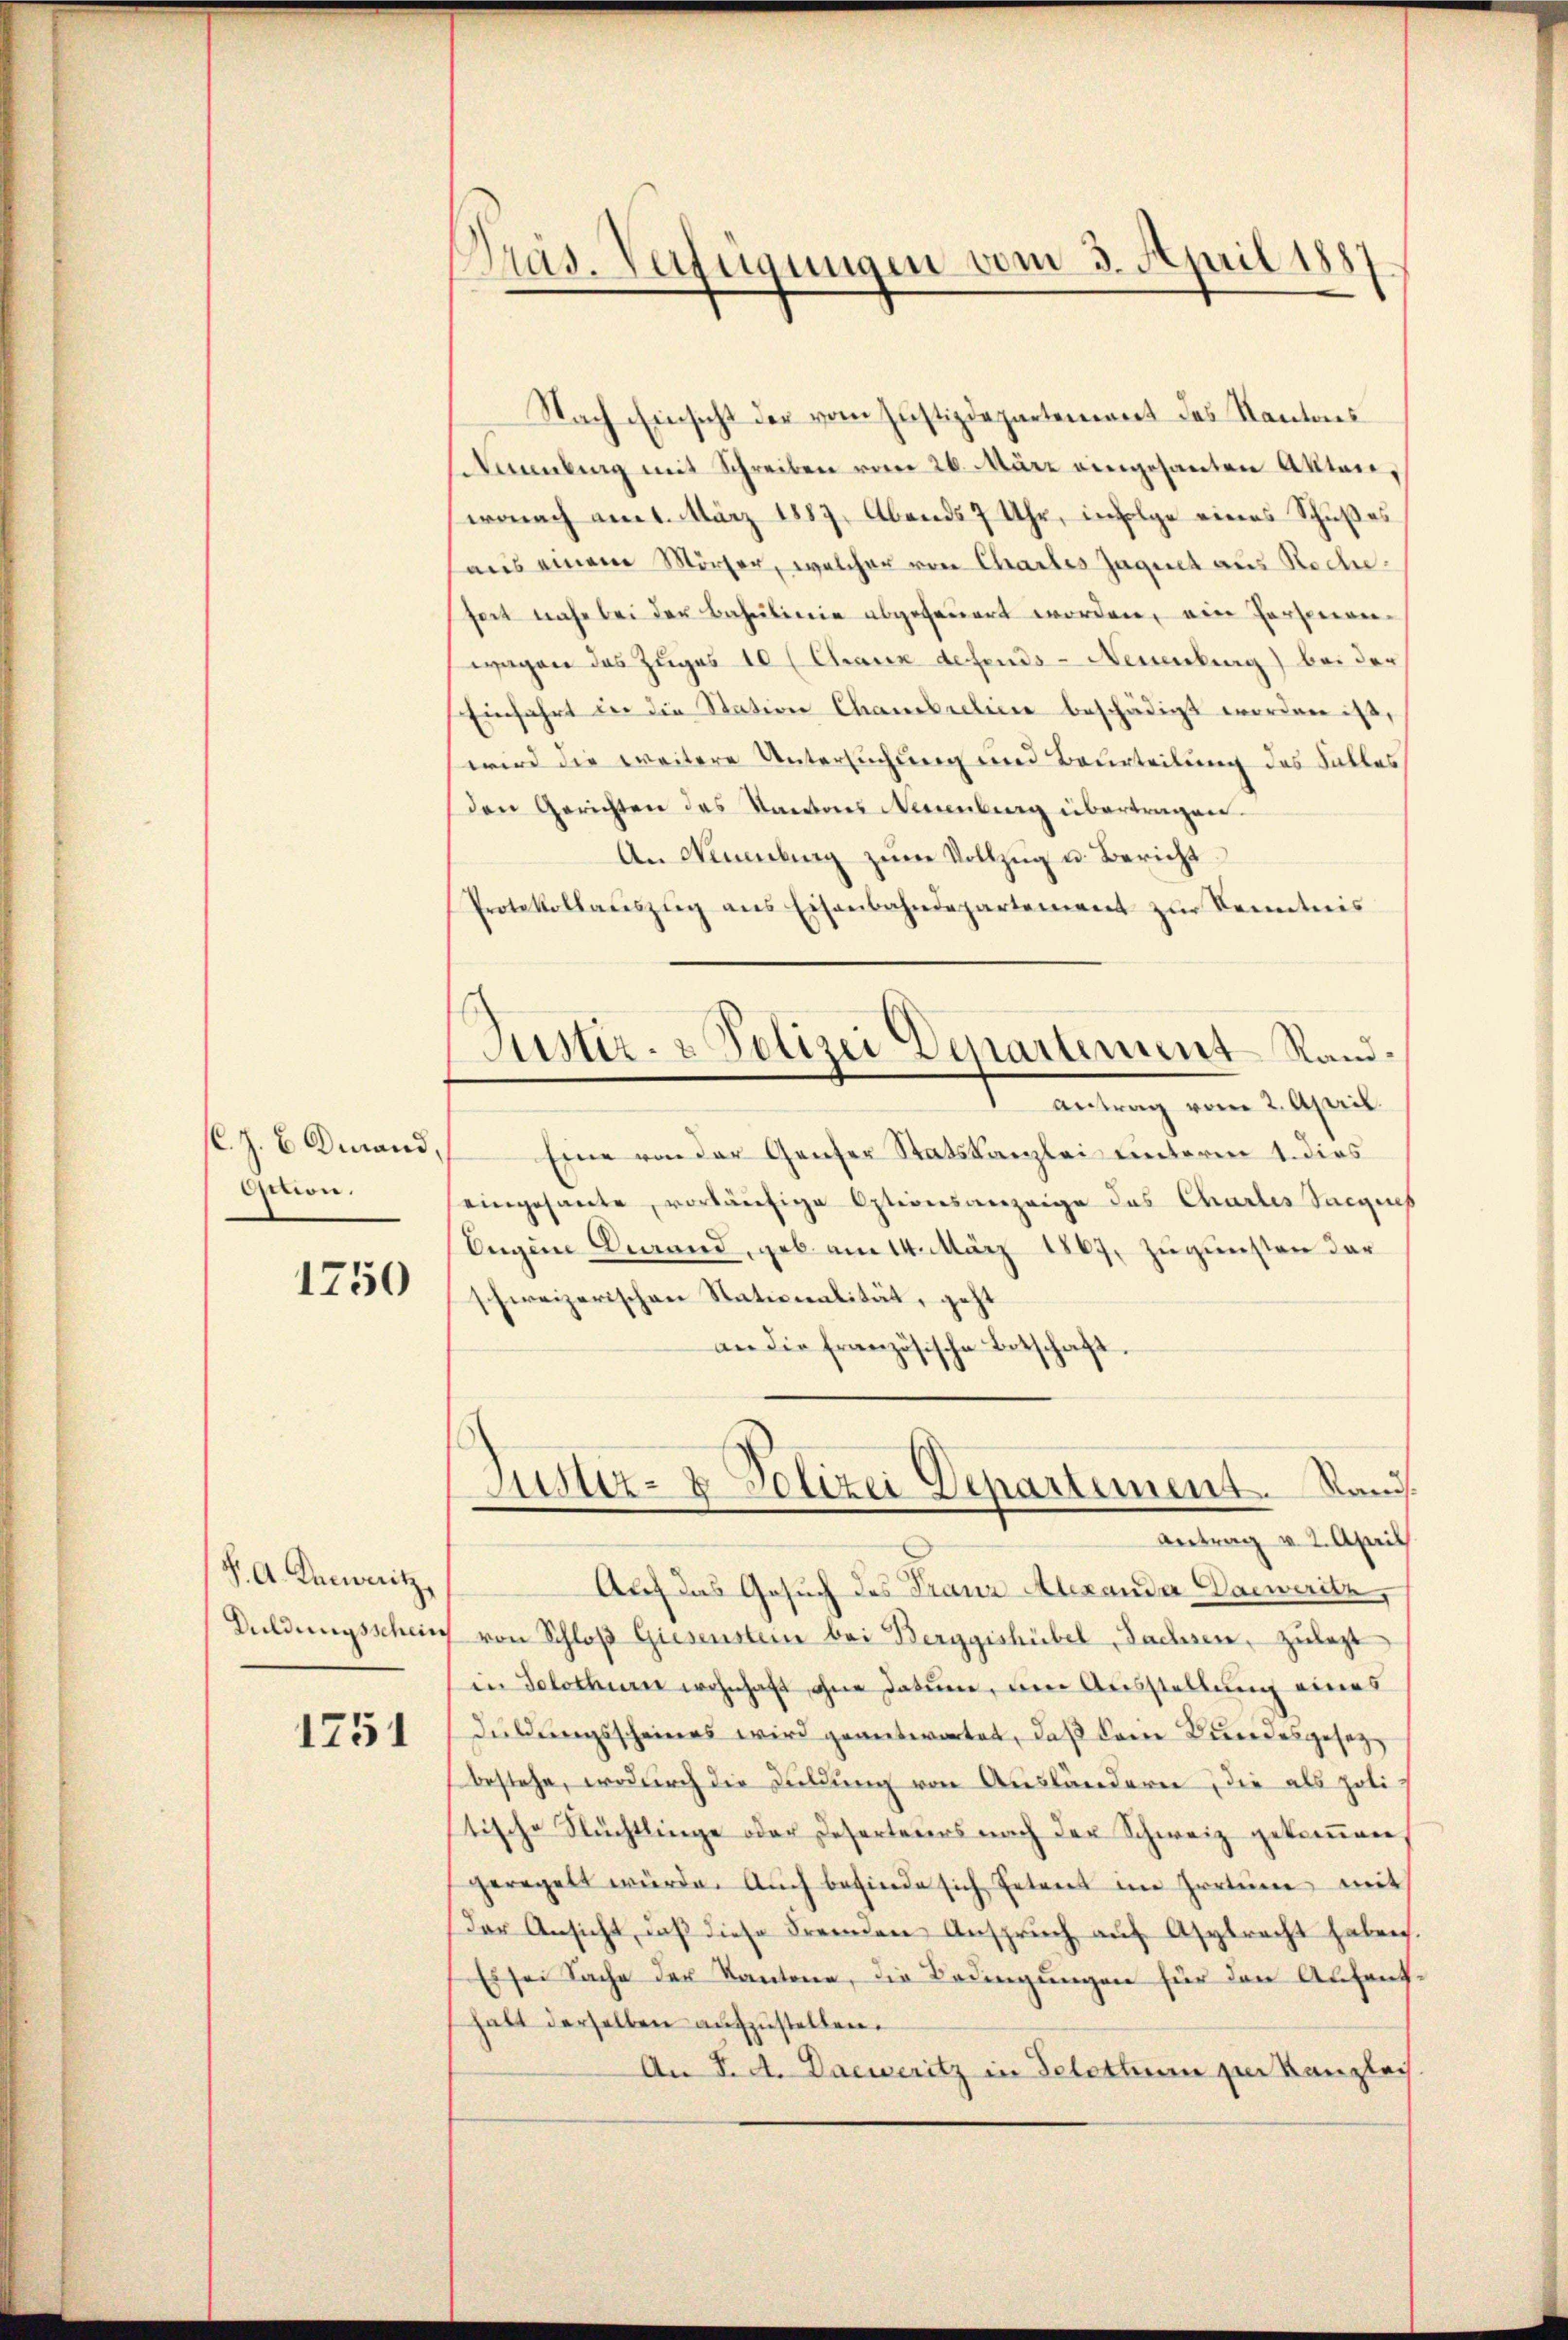
s. z. B. Durand
dition.

1750

S. A. Kanowitz,

1751

Präs. Verfügungen vom 3. April 1887
e

Nach Einsicht der vom Justizdepartement des Kantons
Ammling mit Schreiben vom 26. März eingesanten Aktenwonach am 1. März 1889. Abends 7 Uhr, infolge eines Schußes
aus einem Mörser, welcher von Chartes Jaguet aus Rocheseit nahe bei der Bahnlinie abgefeuert worden, ein Personen-
wagen das Zuges 10 (Chaux definds- Neuenburg) bei der
Einfahrt in die Station Chambreline beschädigt worden ist,
wird die weitere Untersuchung und Beurteilung des Falles
Den Gerichten des Kantons Neuenburg übertragen.
An Neuenburg zŭm Vollzug u. Bericht
Protokollaŭszŭg ans Eisenbahndepartement zŭr Kenntnis
Eine von der Genfer Statskanzlei unterm 1. dies
eingesante, vorläufige Optionsanzeige des Charlis Sacques
Eugen Verand, geb. am 14. März 1867, zugunsten der
schweizerischen Stationalität, geht
an die französische Botschaft,
Justiz- & Polizei Departement. Ran
Antrag v. 2. April
Auf das Gesuch des Franz Alexander Dacweritz,
Duldungsschein von Schloβ Giesenstein bei Berggishübel, Sachsen, zulezt
in Solothur wohnhaft ohne datum, am Ausstellung eines
Duldungsscheines wird geantwortet, daß kam Bundesgesetz
bestehe, wodurch die Duldung von Ausländern die als politische Flüchtlinge oder Deserteurs nach der Schweiz gekommen
geregelt würde. Auch befinde sich Petent im Irrtum mit
Der Ansicht, daß diese Fremden Anspruch auf Asylrecht haben.
Es sei Sache der Kantone, die Bedingungen für den Anfant-
halt derselben aufzustellen.
An I. A. Dacueritz in Teletten zur Kanzlach

Justiz- & Polizei Departement Rand¬
Antrag vom 2. April.